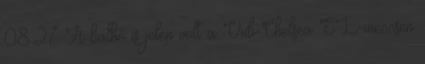
08:27 A balhé is jelen volt a Vidi-Chelsea EL-meccsen